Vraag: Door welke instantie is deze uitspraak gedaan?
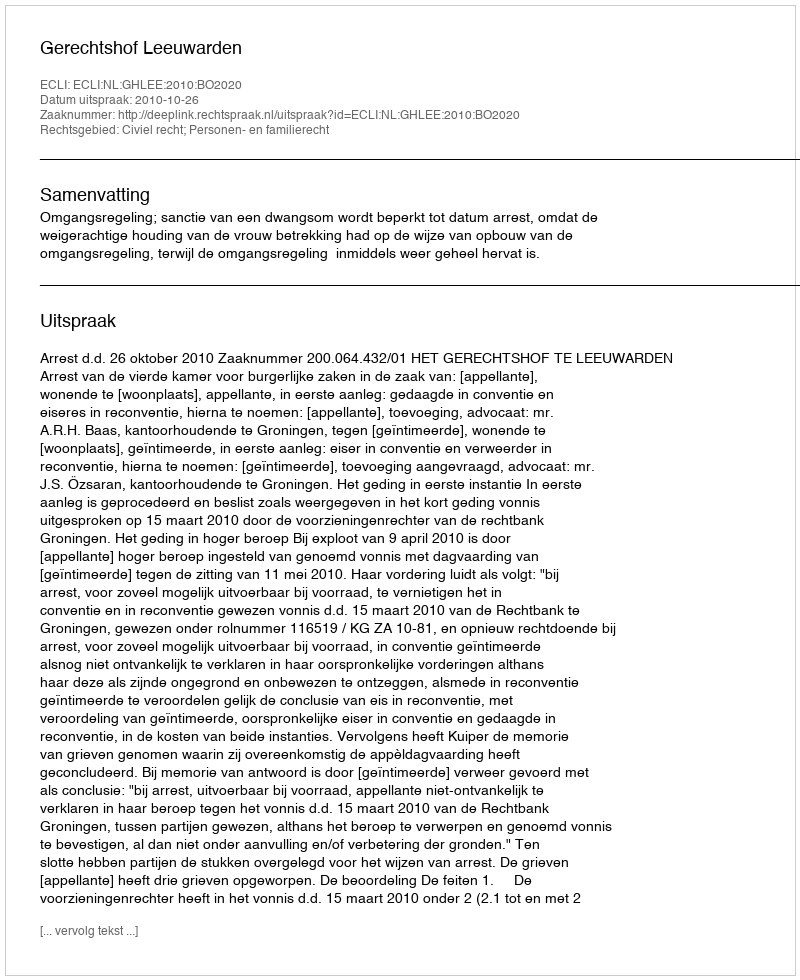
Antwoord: Gerechtshof Leeuwarden